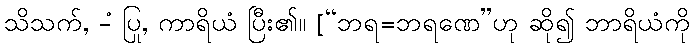
သိသက်, -ံ ပြု, ကာရိယံ ပြီး၏။ [“ဘရ=ဘရဏေ”ဟု ဆို၍ ဘာရိယံကို